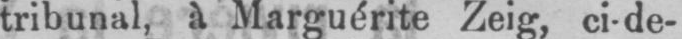
tribunal, à Marguérite Zeig, ci-de-